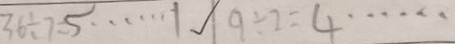
3 6 \div 7 = 4 \cdots 1 9 \div 2 = 4 \cdots